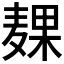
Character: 𱋙